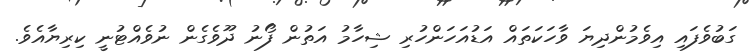
ގަބުވެފައި އިވެމުންދިޔަ ވާހަކަތައް އަޑުއަހަންހުރި ޝިހާމު އަތުން ފޯނު ދޫވެގެން ނުވެއްޓުނީ ކިރިޔާއެވެ.